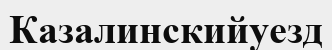
Казалинскийуезд